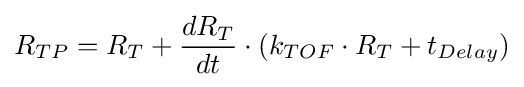
R_{TP}=R_{T}+{\frac {dR_{T}}{dt}}\cdot \left(k_{TOF}\cdot R_{T}+t_{Delay}\right)\,\!